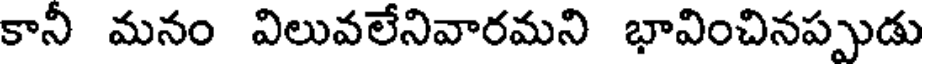
కానీ మనం విలువలేనివారమని భావించినప్పుడు